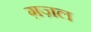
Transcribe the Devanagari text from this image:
ग़ज़्‍ाल